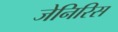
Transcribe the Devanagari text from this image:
जेनिरिस